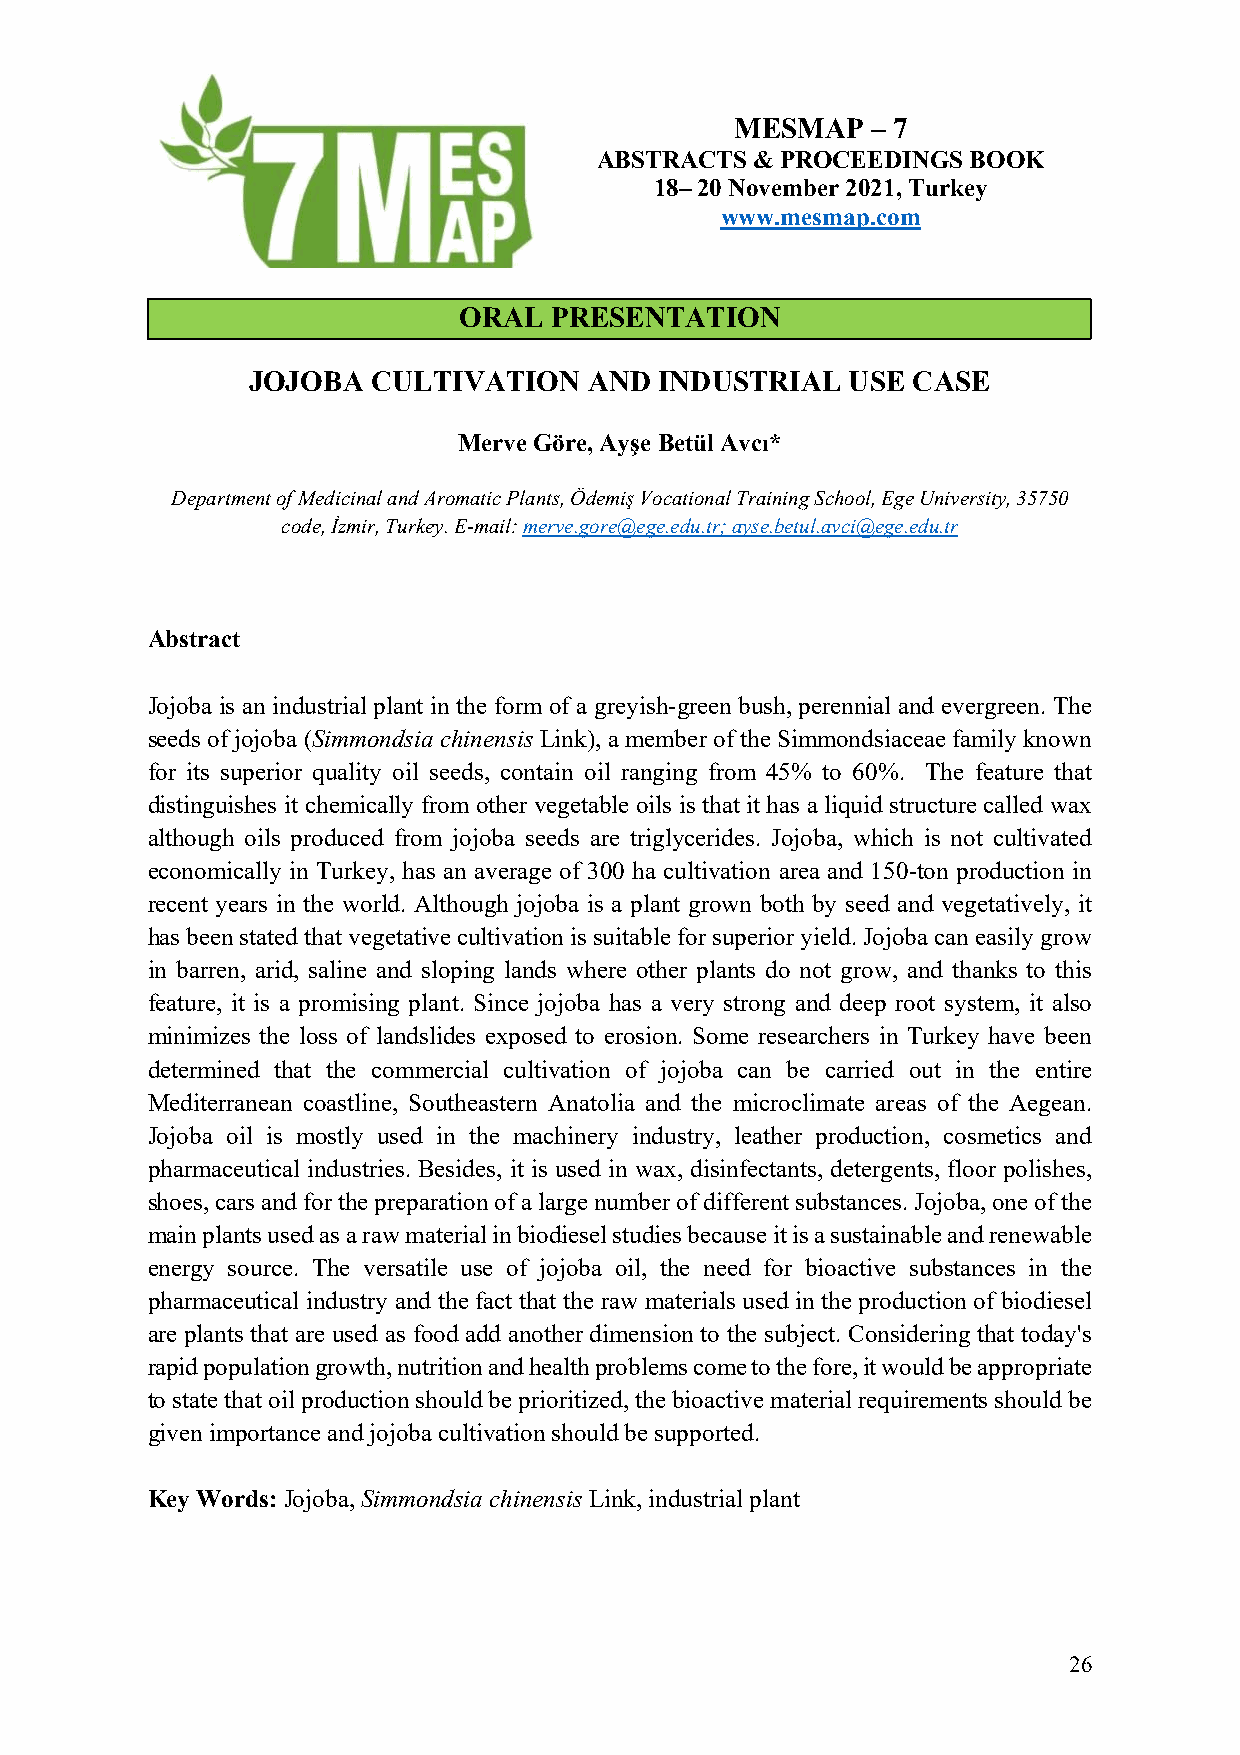
MESMAP   – 7
 ABSTRACTS  & PROCEEDINGS BOOK
 18– 20 November 2021, Turkey
 www.mesmap.com
 ORAL  PRESENTATION
 JOJOBA   CULTIVATION   AND  INDUSTRIAL  USE CASE
 Merve Göre, Ayşe Betül Avcı*
 Department of Medicinal and Aromatic Plants, Ödemiş Vocational Training School, Ege University, 35750
 code, İzmir, Turkey. E-mail: merve.gore@ege.edu.tr; ayse.betul.avci@ege.edu.tr
 Abstract
 Jojoba is an industrial plant in the form of a greyish-green bush, perennial and evergreen. The
 seeds of jojoba (Simmondsia chinensis Link), a member of the Simmondsiaceae family known
 for its superior quality oil seeds, contain oil ranging from 45% to 60%. The feature that
 distinguishes it chemically from other vegetable oils is that it has a liquid structure called wax
 although oils produced from jojoba seeds are triglycerides. Jojoba, which is not cultivated
 economically in Turkey, has an average of 300 ha cultivation area and 150-ton production in
 recent years in the world. Although jojoba is a plant grown both by seed and vegetatively, it
 has been stated that vegetative cultivation is suitable for superior yield. Jojoba can easily grow
 in barren, arid, saline and sloping lands where other plants do not grow, and thanks to this
 feature, it is a promising plant. Since jojoba has a very strong and deep root system, it also
 minimizes the loss of landslides exposed to erosion. Some researchers in Turkey have been
 determined that the commercial cultivation of jojoba can be carried out in the entire
 Mediterranean coastline, Southeastern Anatolia and the microclimate areas of the Aegean.
 Jojoba oil is mostly used in the machinery industry, leather production, cosmetics and
 pharmaceutical industries. Besides, it is used in wax, disinfectants, detergents, floor polishes,
 shoes, cars and for the preparation of a large number of different substances. Jojoba, one of the
 main plants used as a raw material in biodiesel studies because it is a sustainable and renewable
 energy source. The versatile use of jojoba oil, the need for bioactive substances in the
 pharmaceutical industry and the fact that the raw materials used in the production of biodiesel
 are plants that are used as food add another dimension to the subject. Considering that today's
 rapid population growth, nutrition and health problems come to the fore, it would be appropriate
 to state that oil production should be prioritized, the bioactive material requirements should be
 given importance and jojoba cultivation should be supported.
 Key Words: Jojoba, Simmondsia chinensis Link, industrial plant
 26